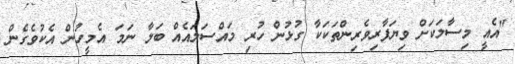
"އެއީ މިސާލަކަށް ވިޔަފާރިވެރިންތަކަކާ ގުޅުން ހުރި މައްސަލައެއް ބަލާ ނަމަ އެމީހުން އެކުވެގެން